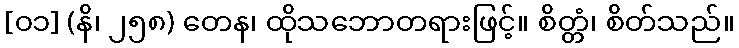
[၀၁] (နိ၊ ၂၅၈) တေန၊ ထိုသဘောတရားဖြင့်။ စိတ္တံ၊ စိတ်သည်။